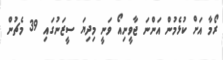
ރޯމާ އަށް ކުޅެމުން އަންނަ ޖާވީނިއޯ ވަނީ މިދިޔަ ސީޒަނުގައި 39 މެޗުން